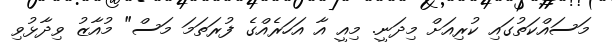
މަަސައްކަތުގައި ކުރިއަަށް މިދަނީ. މިއީ އާ އަހަރެއްގެ ފުރަތަމަ މަސް" މުއާޒު ވިދާޅުވި